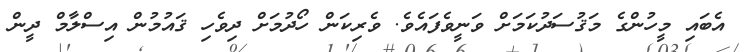
އެބައި މީހުންގެ މަޤުސަދުކަމަށް ވަނީވެފައެވެ. ވެރިކަން ހޯދުމަށް ދިވެހި ޤައުމުން އިސްލާމް ދީން